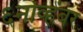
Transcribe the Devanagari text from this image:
६नोव्हेंबर